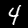
Label: 4